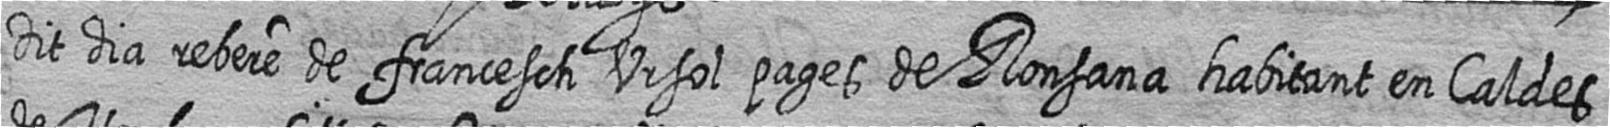
Dit dia rebere de francesch Ursol pages de Ronsana habitant en Caldes